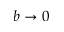
b \rightarrow 0